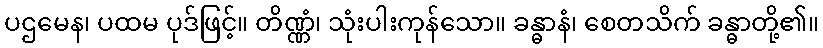
ပဌမေန၊ ပထမ ပုဒ်ဖြင့်။ တိဏ္ဏံ၊ သုံးပါးကုန်သော။ ခန္ဓာနံ၊ စေတသိက် ခန္ဓာတို့၏။